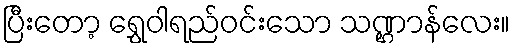
ပြီးတော့ ရွှေဝါရည်ဝင်းသော သဏ္ဌာန်လေး။